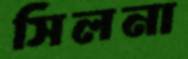
সিলনা